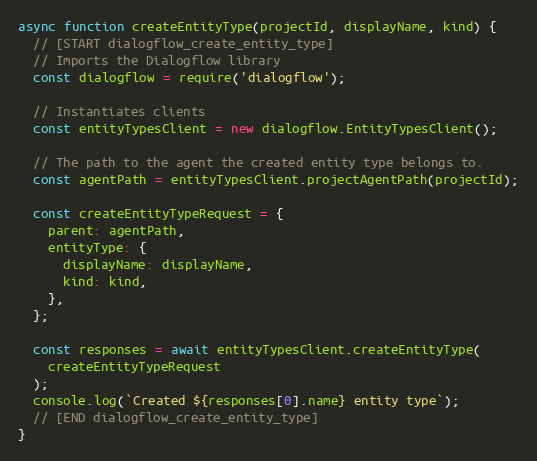
Language: JavaScript
async function createEntityType(projectId, displayName, kind) {
  // [START dialogflow_create_entity_type]
  // Imports the Dialogflow library
  const dialogflow = require('dialogflow');

  // Instantiates clients
  const entityTypesClient = new dialogflow.EntityTypesClient();

  // The path to the agent the created entity type belongs to.
  const agentPath = entityTypesClient.projectAgentPath(projectId);

  const createEntityTypeRequest = {
    parent: agentPath,
    entityType: {
      displayName: displayName,
      kind: kind,
    },
  };

  const responses = await entityTypesClient.createEntityType(
    createEntityTypeRequest
  );
  console.log(`Created ${responses[0].name} entity type`);
  // [END dialogflow_create_entity_type]
}